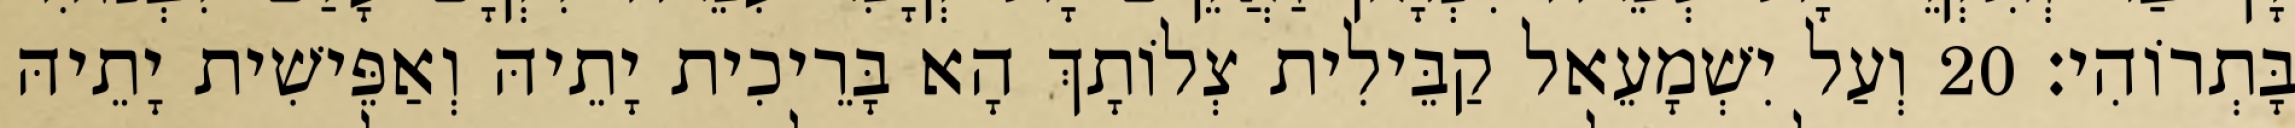
בָּתְרוֹהִי׃ 20 וְעַל יִשְׁמָעֵאל קַבֵּילִית צְלוֹתָךְ הָא בָּרֵיכִית יָתֵיהּ וְאַפֵּישִׁית יָתֵיהּ